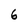
Character: 6